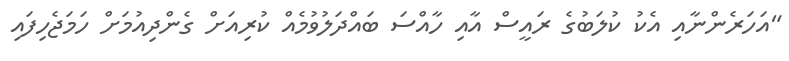
"އަހަރެންނާއި އެކު ކުލަބުގެ ރައީސް އާއި ހާއްސަ ބައްދަލުވުމެއް ކުރިއަށް ގެންދިއުމަށް ހަމަޖެހިފައި